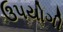
ઉ૫યોગી